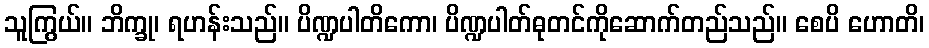
သူကြွယ်။ ဘိက္ခု၊ ရဟန်းသည်။ ပိဏ္ဍပါတိကော၊ ပိဏ္ဍပါတ်ဓုတင်ကိုဆောက်တည်သည်။ စေပိ ဟောတိ၊